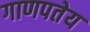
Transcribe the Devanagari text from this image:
गाणपतेय